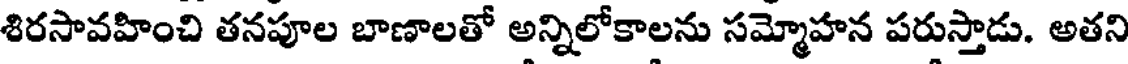
శిరసావహించి తనపూల బాణాలతో అన్నిలోకాలను సమ్మోహన పరుస్తాడు. అతని